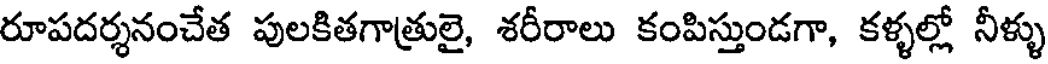
రూపదర్శనంచేత పులకితగాత్రులై, శరీరాలు కంపిస్తుండగా, కళ్ళల్లో నీళ్ళు